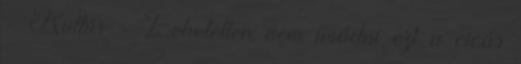
- Kultúr - Lehetetlen nem imádni ezt a cicás